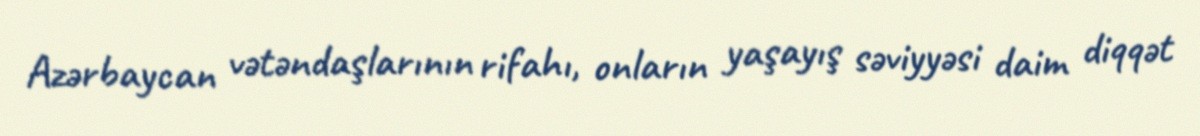
Azərbaycan vətəndaşlarının rifahı, onların yaşayış səviyyəsi daim diqqət